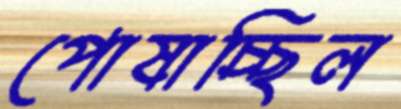
পোষাচ্ছিল